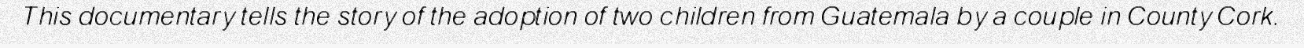
This documentary tells the story of the adoption of two children from Guatemala by a couple in County Cork.